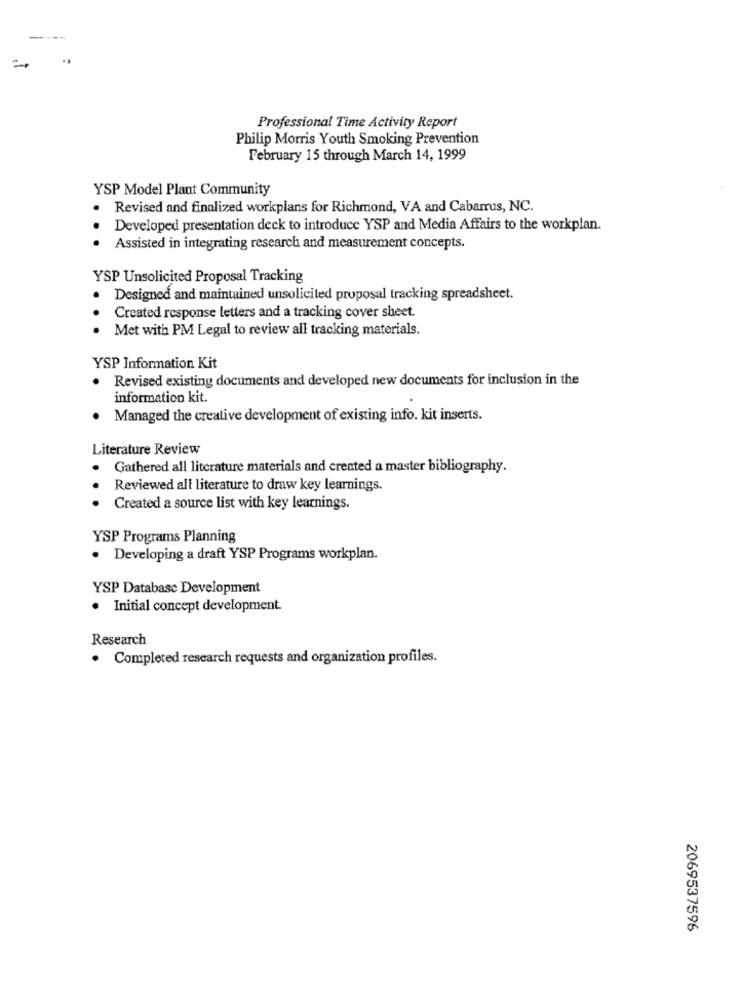
Professional Time Activity Report
Philip Morris Youth Smoking Prevention
February 15 through March 14, 1999
YSP Model Plant Community
Revised and finalized workplans for Richmond, VA and Cabarrus, NC.
Developed presentation deck to introduce YSP and Media Affairs to the workplan.
Assisted in integrating research and measurement concepts.
YSP Unsolicited Proposal Tracking
Designed and maintained unsolicited proposal tracking spreadsheet.
Created response letters and a tracking cover sheet.
Met with PM Legal to review all tracking materials.
YSP Information Kit
Revised existing documents and developed new documents for inclusion in the
information kit.
Managed the creative development of existing info. kit inserts.
Literature Review
. Gathered all literature materials and created a master bibliography.
Reviewed all literature to draw key learnings.
Created a source list with key learnings.
YSP Programs Planning
· Developing a draft YSP Programs workplan.
YSP Database Development
· Initial concept development.
Research
. Completed research requests and organization profiles.
2069537596